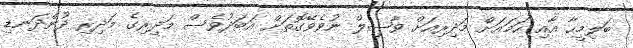
ބަލިމީހާ އާއި ހަމައަށް މަދިރިއަށް ވާޞިލް ނުވެވޭގޮތަށް އަބަދުވެސް މަދިރިގެ މަދިރި ދުންދަނޑި